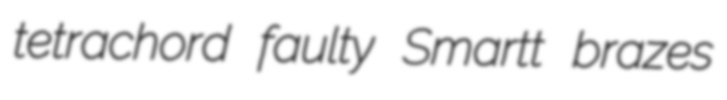
tetrachord faulty Smartt brazes